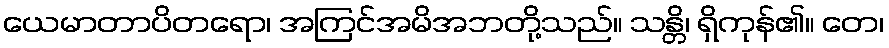
ယေမာတာပိတရော၊ အကြင်အမိအဘတို့သည်။ သန္တိ၊ ရှိကုန်၏။ တေ၊